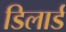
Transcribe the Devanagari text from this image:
डिलार्ड